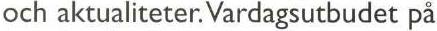
och aktualiteter. Vardagsutbudet på